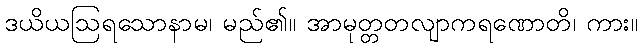
ဒယိယဩရသောနာမ၊ မည်၏။ အာမုတ္တတလျာကရဏောတိ၊ ကား။